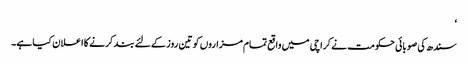
‘
سندھ کی صوبائی حکومت نے کراچی میں واقع تمام مزاروں کو تین روز کے لئے بند کرنے کا اعلان کیا ہے۔